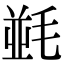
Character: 𣮧